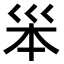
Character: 𡿶